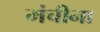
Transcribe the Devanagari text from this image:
मंचीना